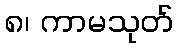
၈၊ ကာမသုတ်